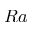
R a